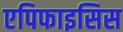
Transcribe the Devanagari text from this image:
एपिफाइसिस